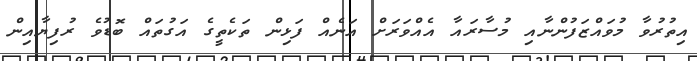
އިތުރުވާ މުވައްޒަފުންނާއި މުސާރައާ އެއްވަރަށް އަނެއް ފަޅިން ތަކެތީގެ އަގުތައް ބޮޑުވެ ރުފިޔާއިން